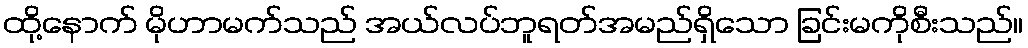
ထို့နောက် မိုဟာမက်သည် အယ်လပ်ဘူရတ်အမည်ရှိသော ခြင်းမကိုစီးသည်။